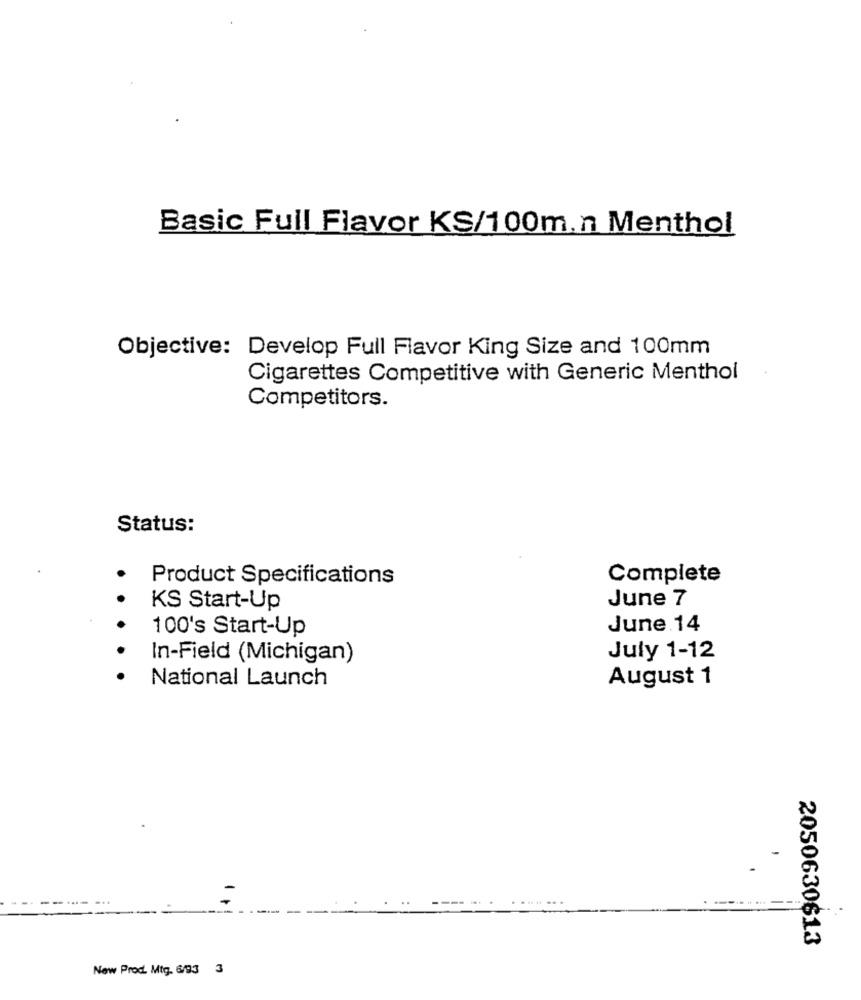
Basic Full Flavor KS/100m.n Menthol
Objective: Develop Full Flavor King Size and 100mm
Cigarettes Competitive with Generic Menthol
Competitors.
Status:
Product Specifications
Complete
KS Start-Up
June 7
100's Start-Up
June 14
In-Field (Michigan)
July 1-12
National Launch
August 1
2050630613
New Prod. Mtg. 6/93 3